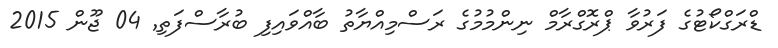
ޑްރަގްކޯޓުގެ ފަރުވާ ޕްރޮގްރާމް ނިންމުމުގެ ރަސްމިއްޔާތު ބާއްވައިފި ބުރާސްފަތި